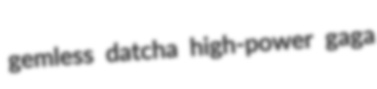
gemless datcha high-power gaga